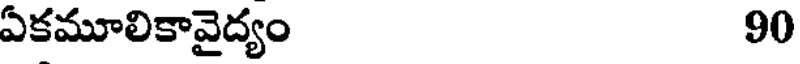
ఏకమూలికావైద్యం 90